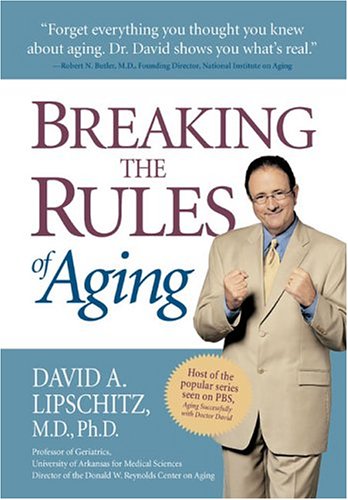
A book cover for Breaking The Rules Of Aging; David A. Lipschitz; Health, Fitness & Dieting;